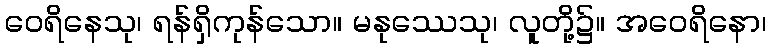
ဝေရိနေသု၊ ရန်ရှိကုန်သော။ မနုဿေသု၊ လူတို့၌။ အဝေရိနော၊